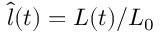
\hat { l } ( t ) = L ( t ) / L _ { 0 }